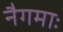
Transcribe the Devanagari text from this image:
नैगमाः